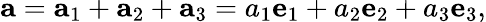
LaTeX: \mathbf{a}=\mathbf{a}_{1}+\mathbf{a}_{2}+\mathbf{a}_{3}=a_{1}{\mathbf{e}}_{1}+a_{2}{\mathbf{e}}_{2}+a_{3}{\mathbf{e}}_{3},